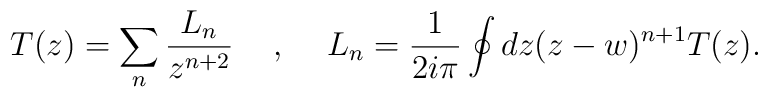
T(z) = \sum_{n} \frac{L_n}{z^{n+2}} \hspace{5mm}     ,    \hspace{5mm}L_{n} = \frac{1}{2i\pi}\oint{dz( z - w )^{ n + 1}} T(z) .